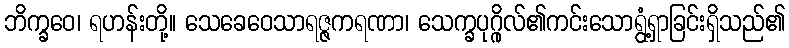
ဘိက္ခဝေ၊ ရဟန်းတို့။ သေခေဝေသာရဇ္ဇကရဏာ၊ သေက္ခပုဂ္ဂိုလ်၏ကင်းသောရွံ့ရှာခြင်းရှိသည်၏